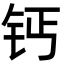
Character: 钙